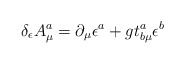
\begin{align*}\delta_\epsilon A^a_\mu = \partial_\mu \epsilon^a+ g t^a_{b \mu} \epsilon^b\end{align*}